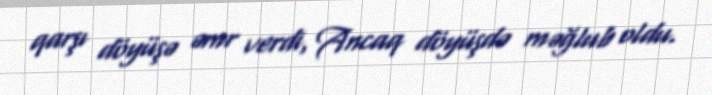
qarşı döyüşə əmr verdi, Ancaq döyüşdə məğlub oldu.